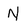
Character: N